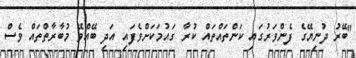
"ބޭރު ދުނިޔޭގެ ފެންވަރުގައި ކަންތައްތައް ކުރާ ގައުމަކަށްވެފައި އަދި ބޭއްވޭ މުބާރާތްތައް ވެސް